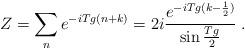
LaTeX: \begin{align*}Z = \sum_n e^{- i T g (n + k)}= 2 i \frac{e^{- i T g (k - \frac{1}{2})}}{\sin \frac{T g}{2}} \; .\end{align*}